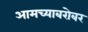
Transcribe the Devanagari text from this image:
आमच्याबरोबर